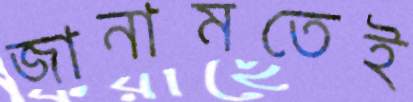
জানামতেই